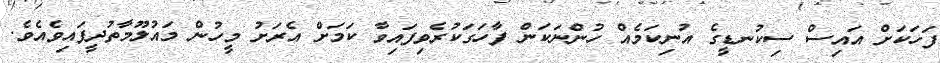
ފަހަކަށް އައިސް ސިކުނޑީގެ އުނިކަމެއް ހުންނަކަން ފާހަގަކުރެވިފައިވާ ކަމަށް އެރަށު މީހުން މައުލޫމާތުދީފައިވެއެވެ.